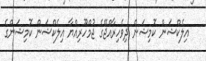
އިލެކްޝަން ކޮމިޝަން ދިވެހިރާއްޖޭގެ ޖުމްހޫރިއްޔާ އިލެކްޝަން ކޮމިޝަންގެ